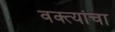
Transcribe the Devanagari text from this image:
वक्त्यांचा